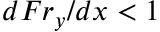
{ d F r _ { y } } / { d x } < 1